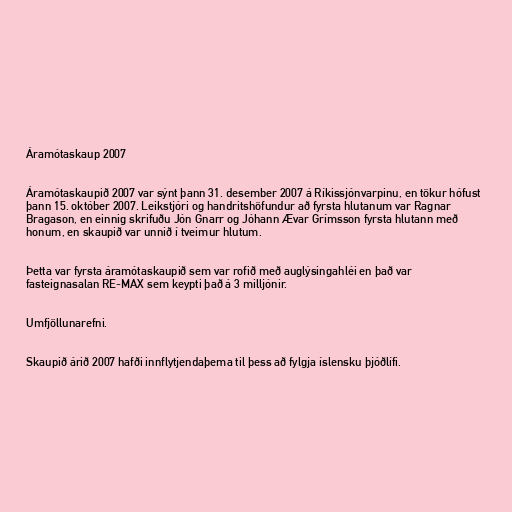
Áramótaskaup 2007

Áramótaskaupið 2007 var sýnt þann 31. desember 2007 á Ríkissjónvarpinu, en tökur hófust
þann 15. október 2007. Leikstjóri og handritshöfundur að fyrsta hlutanum var Ragnar
Bragason, en einnig skrifuðu Jón Gnarr og Jóhann Ævar Grímsson fyrsta hlutann með
honum, en skaupið var unnið í tveimur hlutum.

Þetta var fyrsta áramótaskaupið sem var rofið með auglýsingahléi en það var
fasteignasalan RE-MAX sem keypti það á 3 milljónir.

Umfjöllunarefni.

Skaupið árið 2007 hafði innflytjendaþema til þess að fylgja íslensku þjóðlífi.